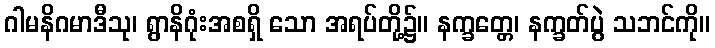
ဂါမနိဂမာဒီသု၊ ရွာနိဂုံးအစရှိ သော အရပ်တို့၌။ နက္ခတ္တေ၊ နက္ခတ်ပွဲ သဘင်ကို။